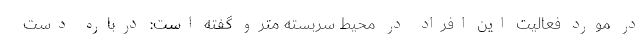
در مورد فعالیت این افراد در محیط سربسته مترو گفته است: درباره دست